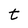
Character: t